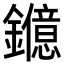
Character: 𨯑